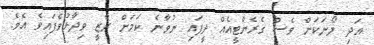
އަދި ލޯނަކަށް ވެސް ގެރެންޓީއެއް ދީފައި ނުވާނެ ކަމަށް ރާޒީ ވިދާޅުވެފައިވެ އެވެ.